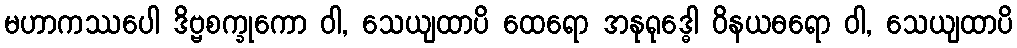
မဟာကဿပေါ ဒိဗ္ဗစက္ခုကော ဝါ, သေယျထာပိ ထေရော အနုရုဒ္ဓေါ ဝိနယဓရော ဝါ, သေယျထာပိ